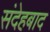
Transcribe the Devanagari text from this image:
संदेहबाद